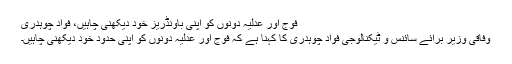
فوج اور عدلیہ دونوں کو اپنی باونڈریز خود دیکھنی چاہیں، فواد چوہدری
وفاقی وزیر برائے سائنس و ٹیکنالوجی فواد چوہدری کا کہنا ہے کہ فوج اور عدلیہ دونوں کو اپنی حدود خود دیکھنی چاہیں۔